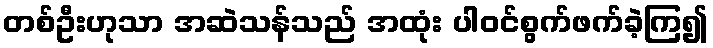
တစ်ဦးဟုသာ အဆဲသန်သည် အထုံး ပါဝင်စွက်ဖက်ခဲ့ကြ၍